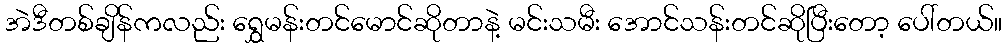
အဲဒီတစ်ချိန်ကလည်း ရွှေမန်းတင်မောင်ဆိုတာနဲ့ မင်းသမီး အောင်သန်းတင်ဆိုပြီးတော့ ပေါ်တယ်။